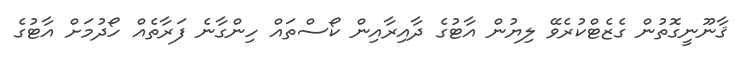
ޤާނޫނީގޮތުން ގެޒެޓްކުރެވޭ ލިޔުން އާޓުގެ ދާއިރާއިން ކޯސްތައް ހިންގާނެ ފަރާތެއް ހޯދުމަށް އާޓުގެ